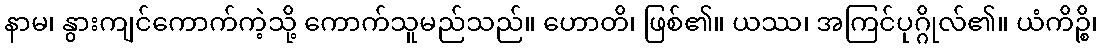
နာမ၊ နွားကျင်ကောက်ကဲ့သို့ ကောက်သူမည်သည်။ ဟောတိ၊ ဖြစ်၏။ ယဿ၊ အကြင်ပုဂ္ဂိုလ်၏။ ယံကိဉ္စိ၊